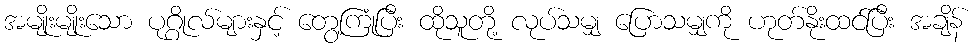
အမျိုးမျိုးသော ပုဂ္ဂိုလ်များနှင့် တွေ့ကြုံပြီး ထိုသူတို့ လုပ်သမျှ ပြောသမျှကို ဟုတ်နိုးထင်ပြီး အချိန်